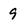
Character: 9